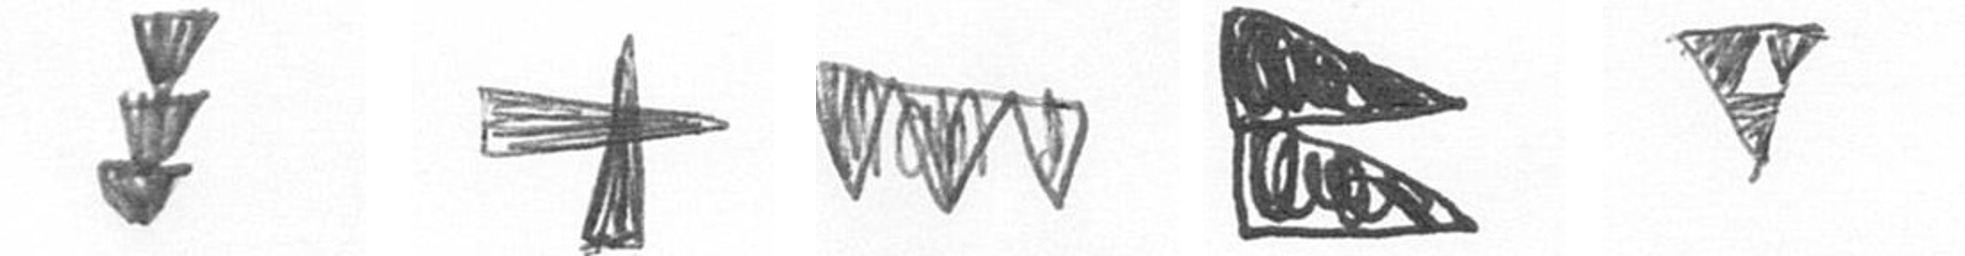
E G L P S